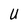
Character: U